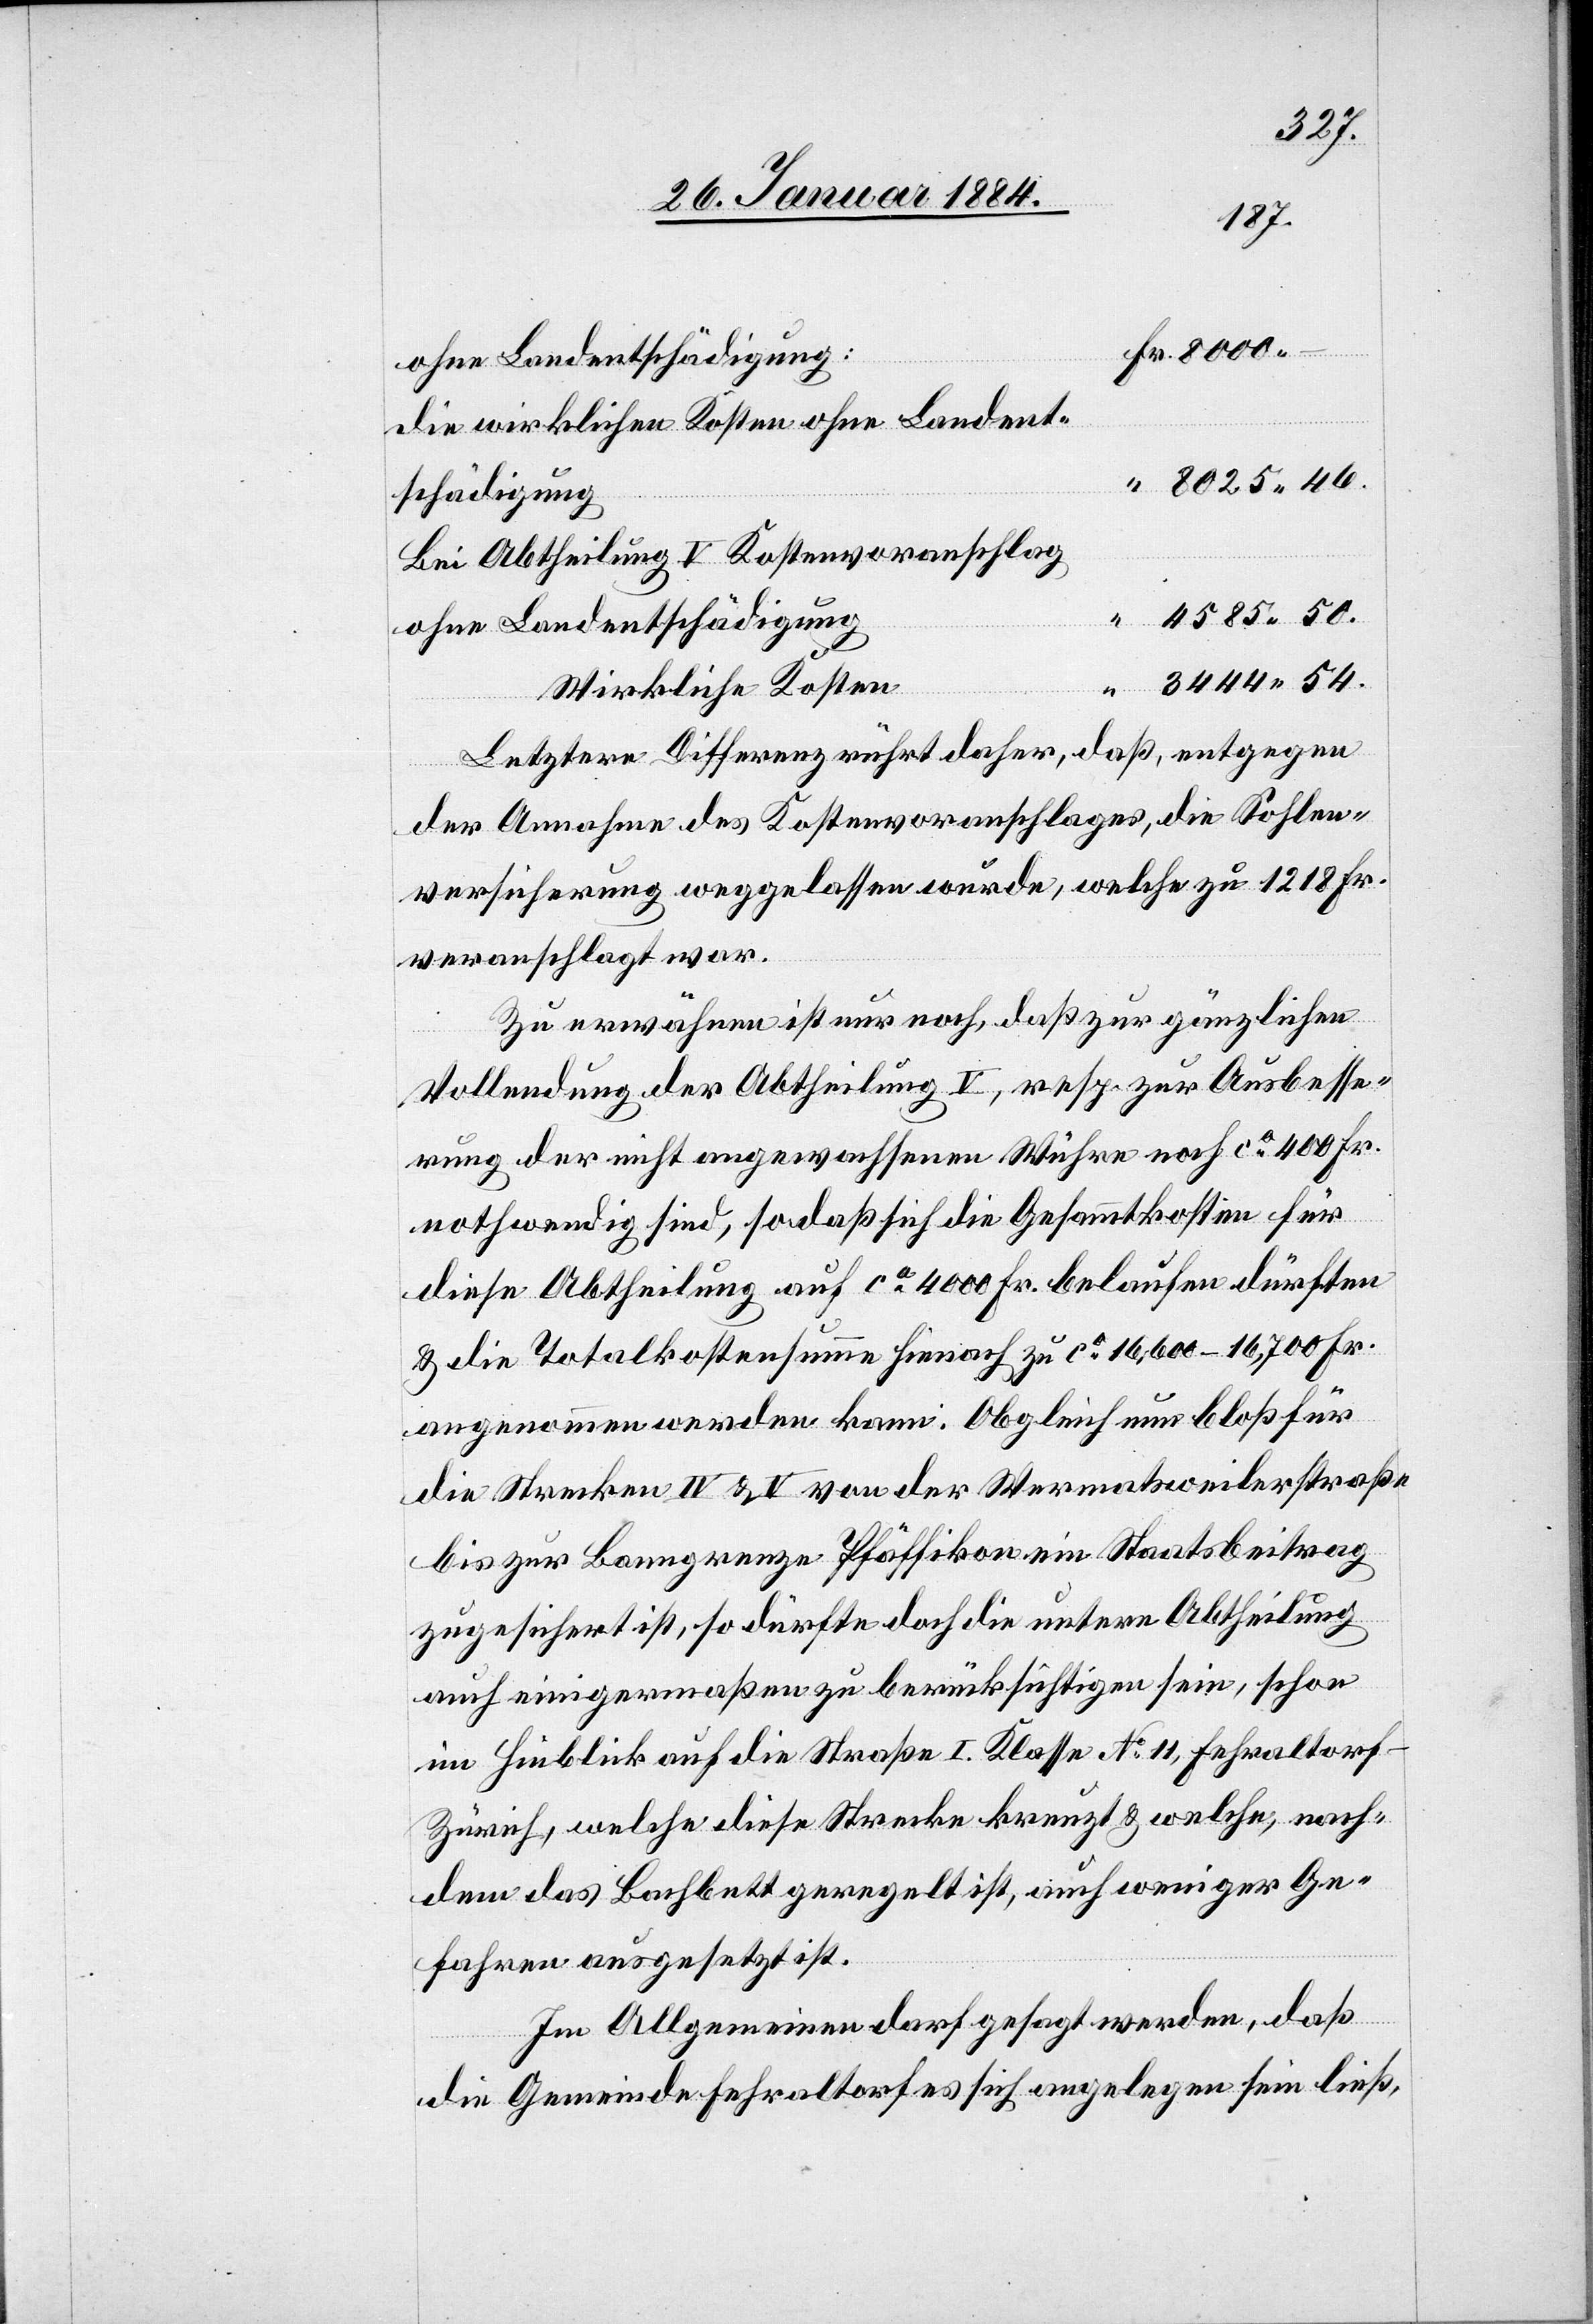
die wirklichen Kosten ohne Landent¬
schädigung
Bei Abtheilung V Kostenvoranschlag
ohne Landentschädigung
wirkliche Kosten
Letztere Differenz rührt daher, daß, entgegen
der Annahme des Kostenvoranschlages, die Sohlen¬
versicherung weggelassen wurde, welche zu 1218 Fr.
veranschlagt war.
Zu erwähnen ist nun noch, daß zur gänzlichen
Vollendung der Abtheilung V, resp. zur Ausbesse¬
rung der nicht angewachsenen Wuhre noch ca 400 Fr.
nothwendig sind, sodaß sich die Gesammtkosten für
diese Abtheilung auf ca 4000 Fr. belaufen dürften
& die Totalkostensumme hienach zu ca 16,600–16,700 Fr.
angenommen werden kann: Obgleich nun bloß für
die Strecke IV & V von der Wermatsweilerstraße
bis zur Banngrenze Pfäffikon ein Staatsbeitrag
zugesichert ist, so dürfte doch die untere Abtheilung
auch einigermaßen zu berücksichtigen sein, schon
im Hinblick auf die Straße I. Klasse No 11 Fehraltor¬
f–Zürich, welche diese Strecke kreuzt & welche, nach¬
dem das Bachbett geregelt ist, auch weniger Ge¬
fahren ausgesetzt ist.
Im Allgemeinen darf gesagt werden, daß
die Gemeinde Fehraltorf es sich angelegen sein ließ,